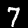
Label: 7